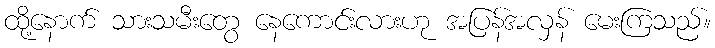
ထို့နောက် သားသမီးတွေ နေကောင်းလားဟု အပြန်အလှန် မေးကြသည်။